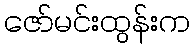
ဇော်မင်းထွန်းက